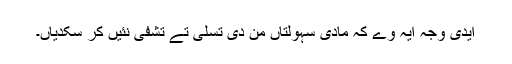
ایدی وجہ ایہ وے کہ مادی سہولتاں من دی تسلی تے تشفی نئیں کر سکدیاں۔